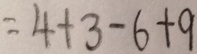
= 4 + 3 - 6 + 9